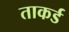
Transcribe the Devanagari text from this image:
ताकर्ड